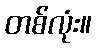
တစ်လုံး။